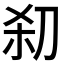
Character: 𰄪